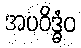
အပဝိဒ္ဓံဝ